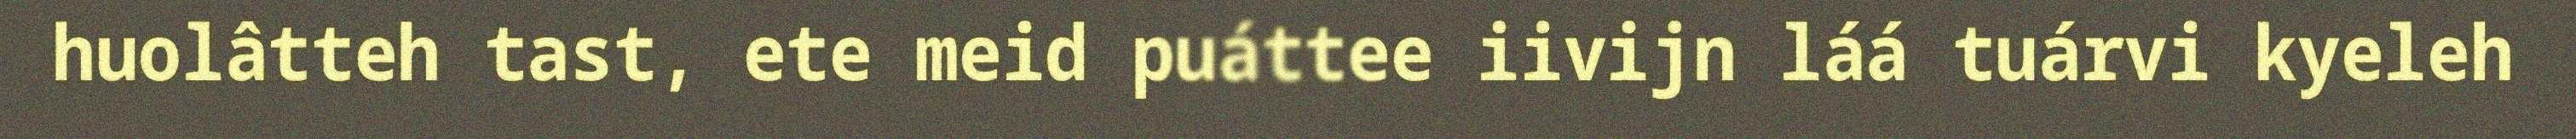
huolâtteh tast, ete meid puáttee iivijn láá tuárvi kyeleh